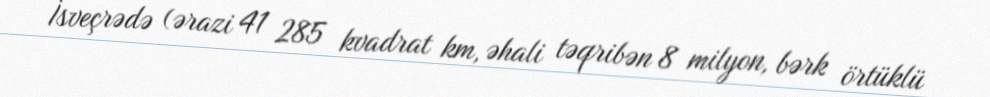
İsveçrədə (ərazi 41 285 kvadrat km, əhali təqribən 8 milyon, bərk örtüklü